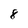
Character: 8